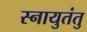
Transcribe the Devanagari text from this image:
स्नायुतंतु